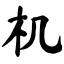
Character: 机